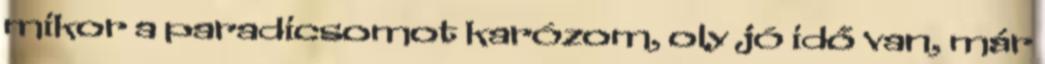
mikor a paradicsomot karózom, oly jó idő van, már